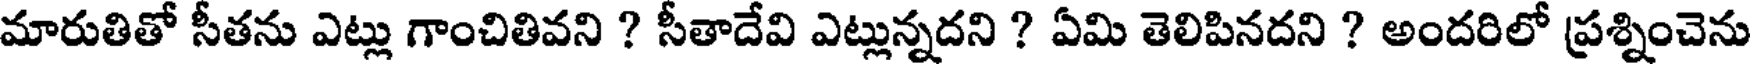
మారుతితో సీతను ఎట్లు గాంచితివని ? సీతాదేవి ఎట్లున్నదని ? ఏమి తెలిపినదని ? అందరిలో ప్రశ్నించెను